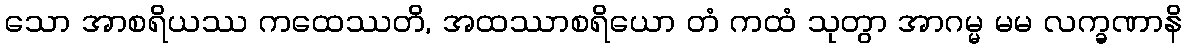
သော အာစရိယဿ ကထေဿတိ, အထဿာစရိယော တံ ကထံ သုတွာ အာဂမ္မ မမ လက္ခဏာနိ